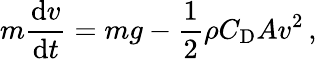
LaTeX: m{\frac{\mathrm{d}v}{\mathrm{d}t}}=mg-{\frac{1}{2}}\rho C_{\mathrm{D}}Av^{2}\, ,